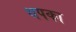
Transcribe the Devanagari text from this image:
थपका